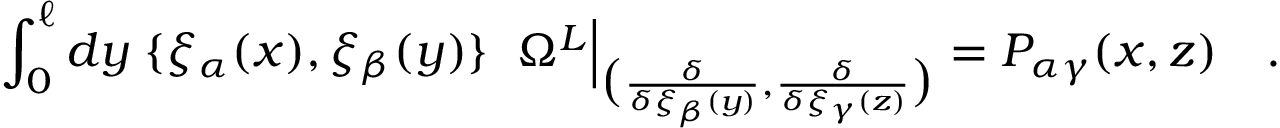
\int _ { 0 } ^ { \ell } d y \; \{ \xi _ { \alpha } ( x ) , \xi _ { \beta } ( y ) \} \; \; \Omega ^ { L } \Big | _ { \big ( { \frac { \delta } { \delta \xi _ { \beta } ( y ) } } , { \frac { \delta } { \delta \xi _ { \gamma } ( z ) } } \big ) } = P _ { \alpha \gamma } ( x , z ) \quad .